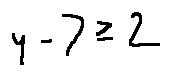
y - 7 \geq 2